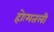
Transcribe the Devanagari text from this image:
होःमतली